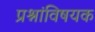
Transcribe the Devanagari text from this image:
प्रश्नांविषयक